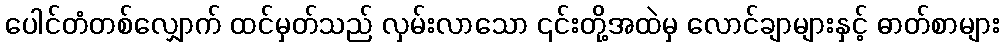
ပေါင်တံတစ်လျှောက် ထင်မှတ်သည် လှမ်းလာသော ၎င်းတို့အထဲမှ လောင်ချာများနှင့် ဓာတ်စာများ